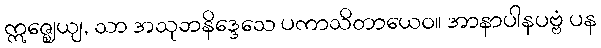
ဣဇ္ဈေယျ, သာ အသုဘနိဒ္ဒေသေ ပကာသိတာယေဝ။ အာနာပါနပဗ္ဗံ ပန